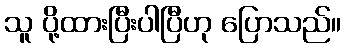
သူ ပို့ထားပြီးပါပြီဟု ပြောသည်။